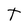
Character: T